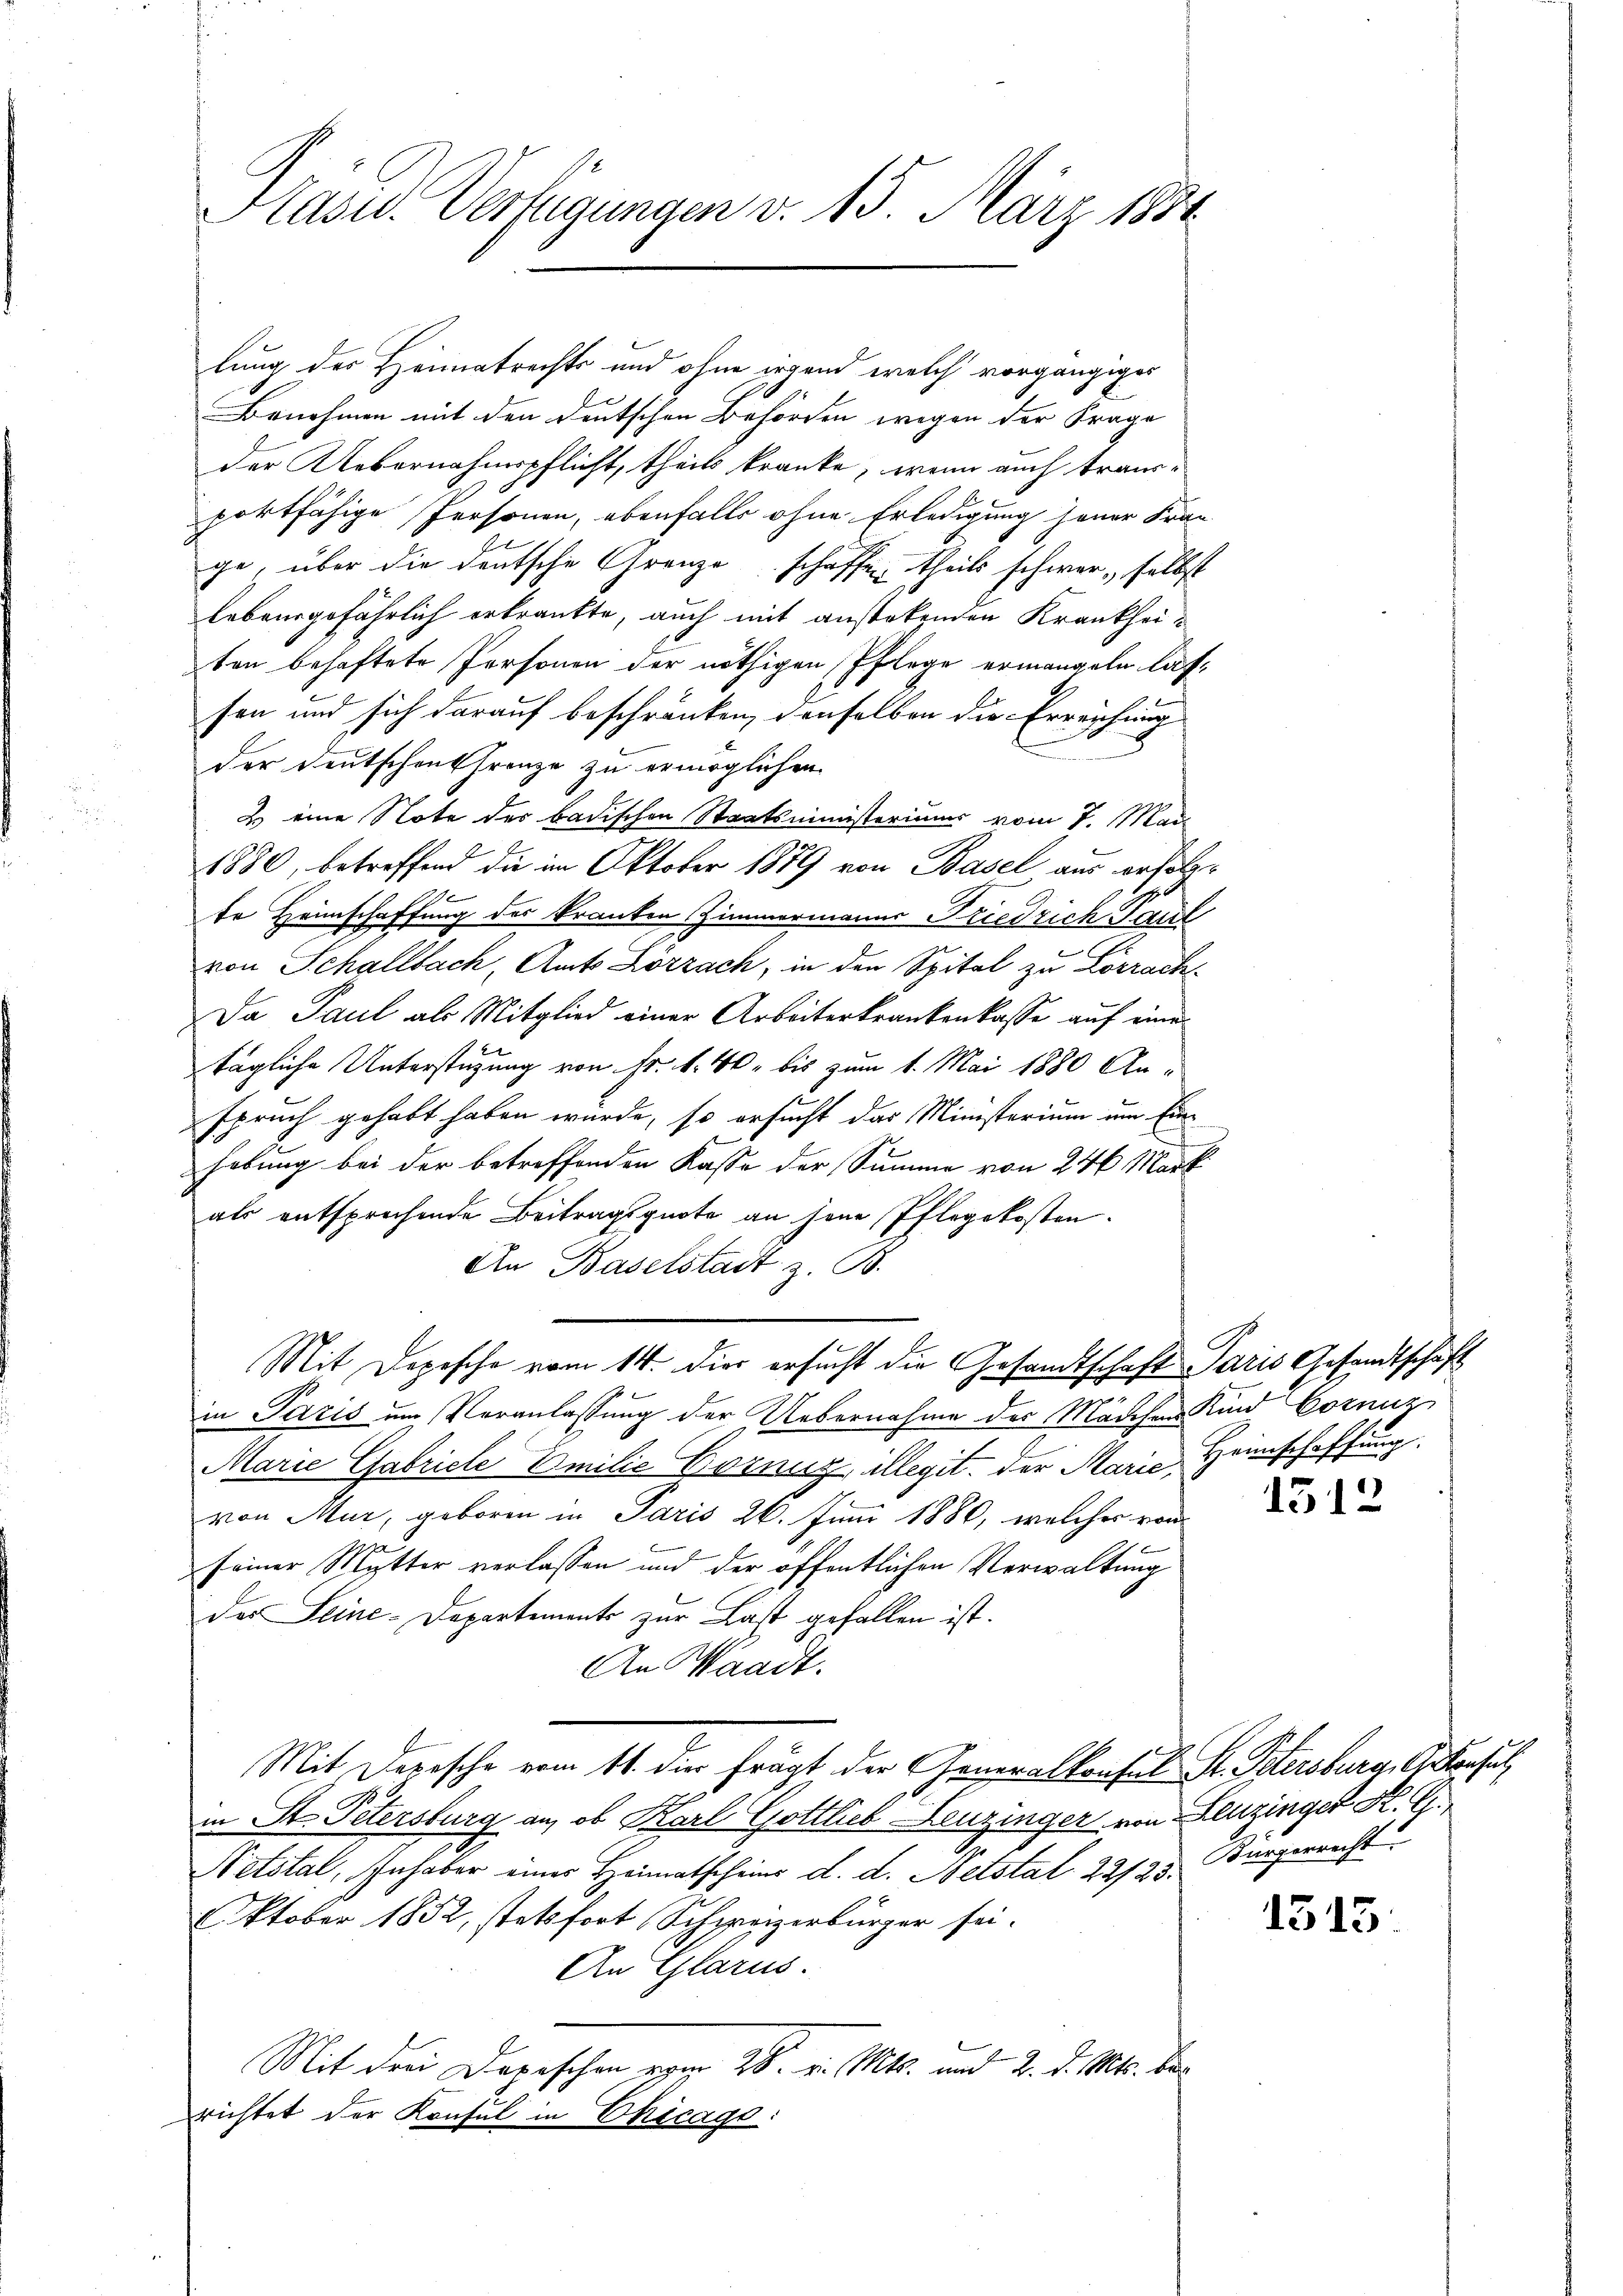
Präsid. Verfügungen v. 15. März 1891

lung des Heimatrechts und ohne irgend welch vorgängiges
Benehmen mit den deutschen Behörden wegen der Frage
der Uebernahmspflicht, theils kranke, wenn auch trau-
portfähige Personen, ebenfalls ohne Erledigung jener Fran-
ge, über die deutsche Grenze schaffen, theils schwer, selbst
lebausgefährlich erkrankte, auch mit anstetenden Krankheiten behaftete Personen der nöthigen Pflege ermangeln lassen und sich darauf beschränken, denselben die Erreichung
S
der Deutschentfranze zu ermöglichen
2 eine Note des badischen Staatsministeriums vom 7. Mai
1880, betreffend die im Oktober 1889 von Basel aus erfolgte Heimschaffung des kranken Zimmermanns Friedrich Paul
von Schallbach, Amts Lörrach, in den Spital zu Lörrach
Da Paul als Mitglied einer Arbeiterkrankenkasse auf eine
tägliche Unterstüzung von Fr. f. 40. bis zum 1. Mai 1880 Anspruch gehabt haben würde, so ersucht das Ministerium um Einhebung bei der betreffenden Kasse der Summe von 24 Mark
als entsprechende Beitragsquote an jene Pflegekosten.
An Baselstadt z. B.
Mit Depesche vom 14. die ersucht die Gesamtschaft Paris Gesandtschaft
in Paris um Veranlassung der Uebernahme des Mädchen Kind Corniz
Marie Gabriche Emilie Gorniz illegit. Der Marić, Heimschaffung
von Mur, geboren in Paris 26. Juni 1880, welcher von
seiner Mutter verlassen und der öffentlichen Verwaltung
des Seine-Departements zur Last gefallen ist.
An Waadt.
Mit Depesche vom 11. die frägt der Generalkonsul St. Petersburg, S. Konsul
in St. Petersburg an, ob Karl Gottlieb Leuzinger von Leuzinger K. G.
Netstal, Inhaber einer Heimatscheine d. d. Netstal 22/25. Bürgerrecht
Oktober 1852, stetsfort Schweizerbürger sei.
An Glarus.
Mit den Depeschen vom 28. v. Mts. und 2. d. Mts. berichtet der Konsul in Chicago:

1312

1315.